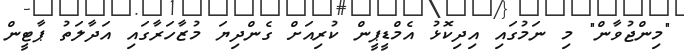
"މިންޖުވާން" މި ނަމުގައި އިދިކޮޅު އެމްޑީޕީން ކުރިއަށް ގެންދިޔަ މުޒާހަރާގައި އަދާލަތު ޕާޓީން